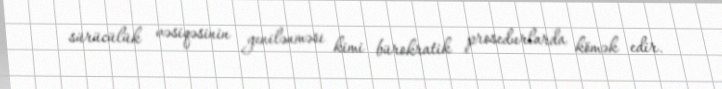
sürücülük vəsiqəsinin yenilənməsi kimi bürokratik prosedurlarda kömək edir.